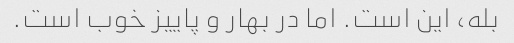
بله، این است. اما در بهار و پاییز خوب است.